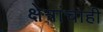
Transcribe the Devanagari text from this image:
क्षेत्रांचाही